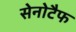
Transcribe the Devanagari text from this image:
सेनोटैफ